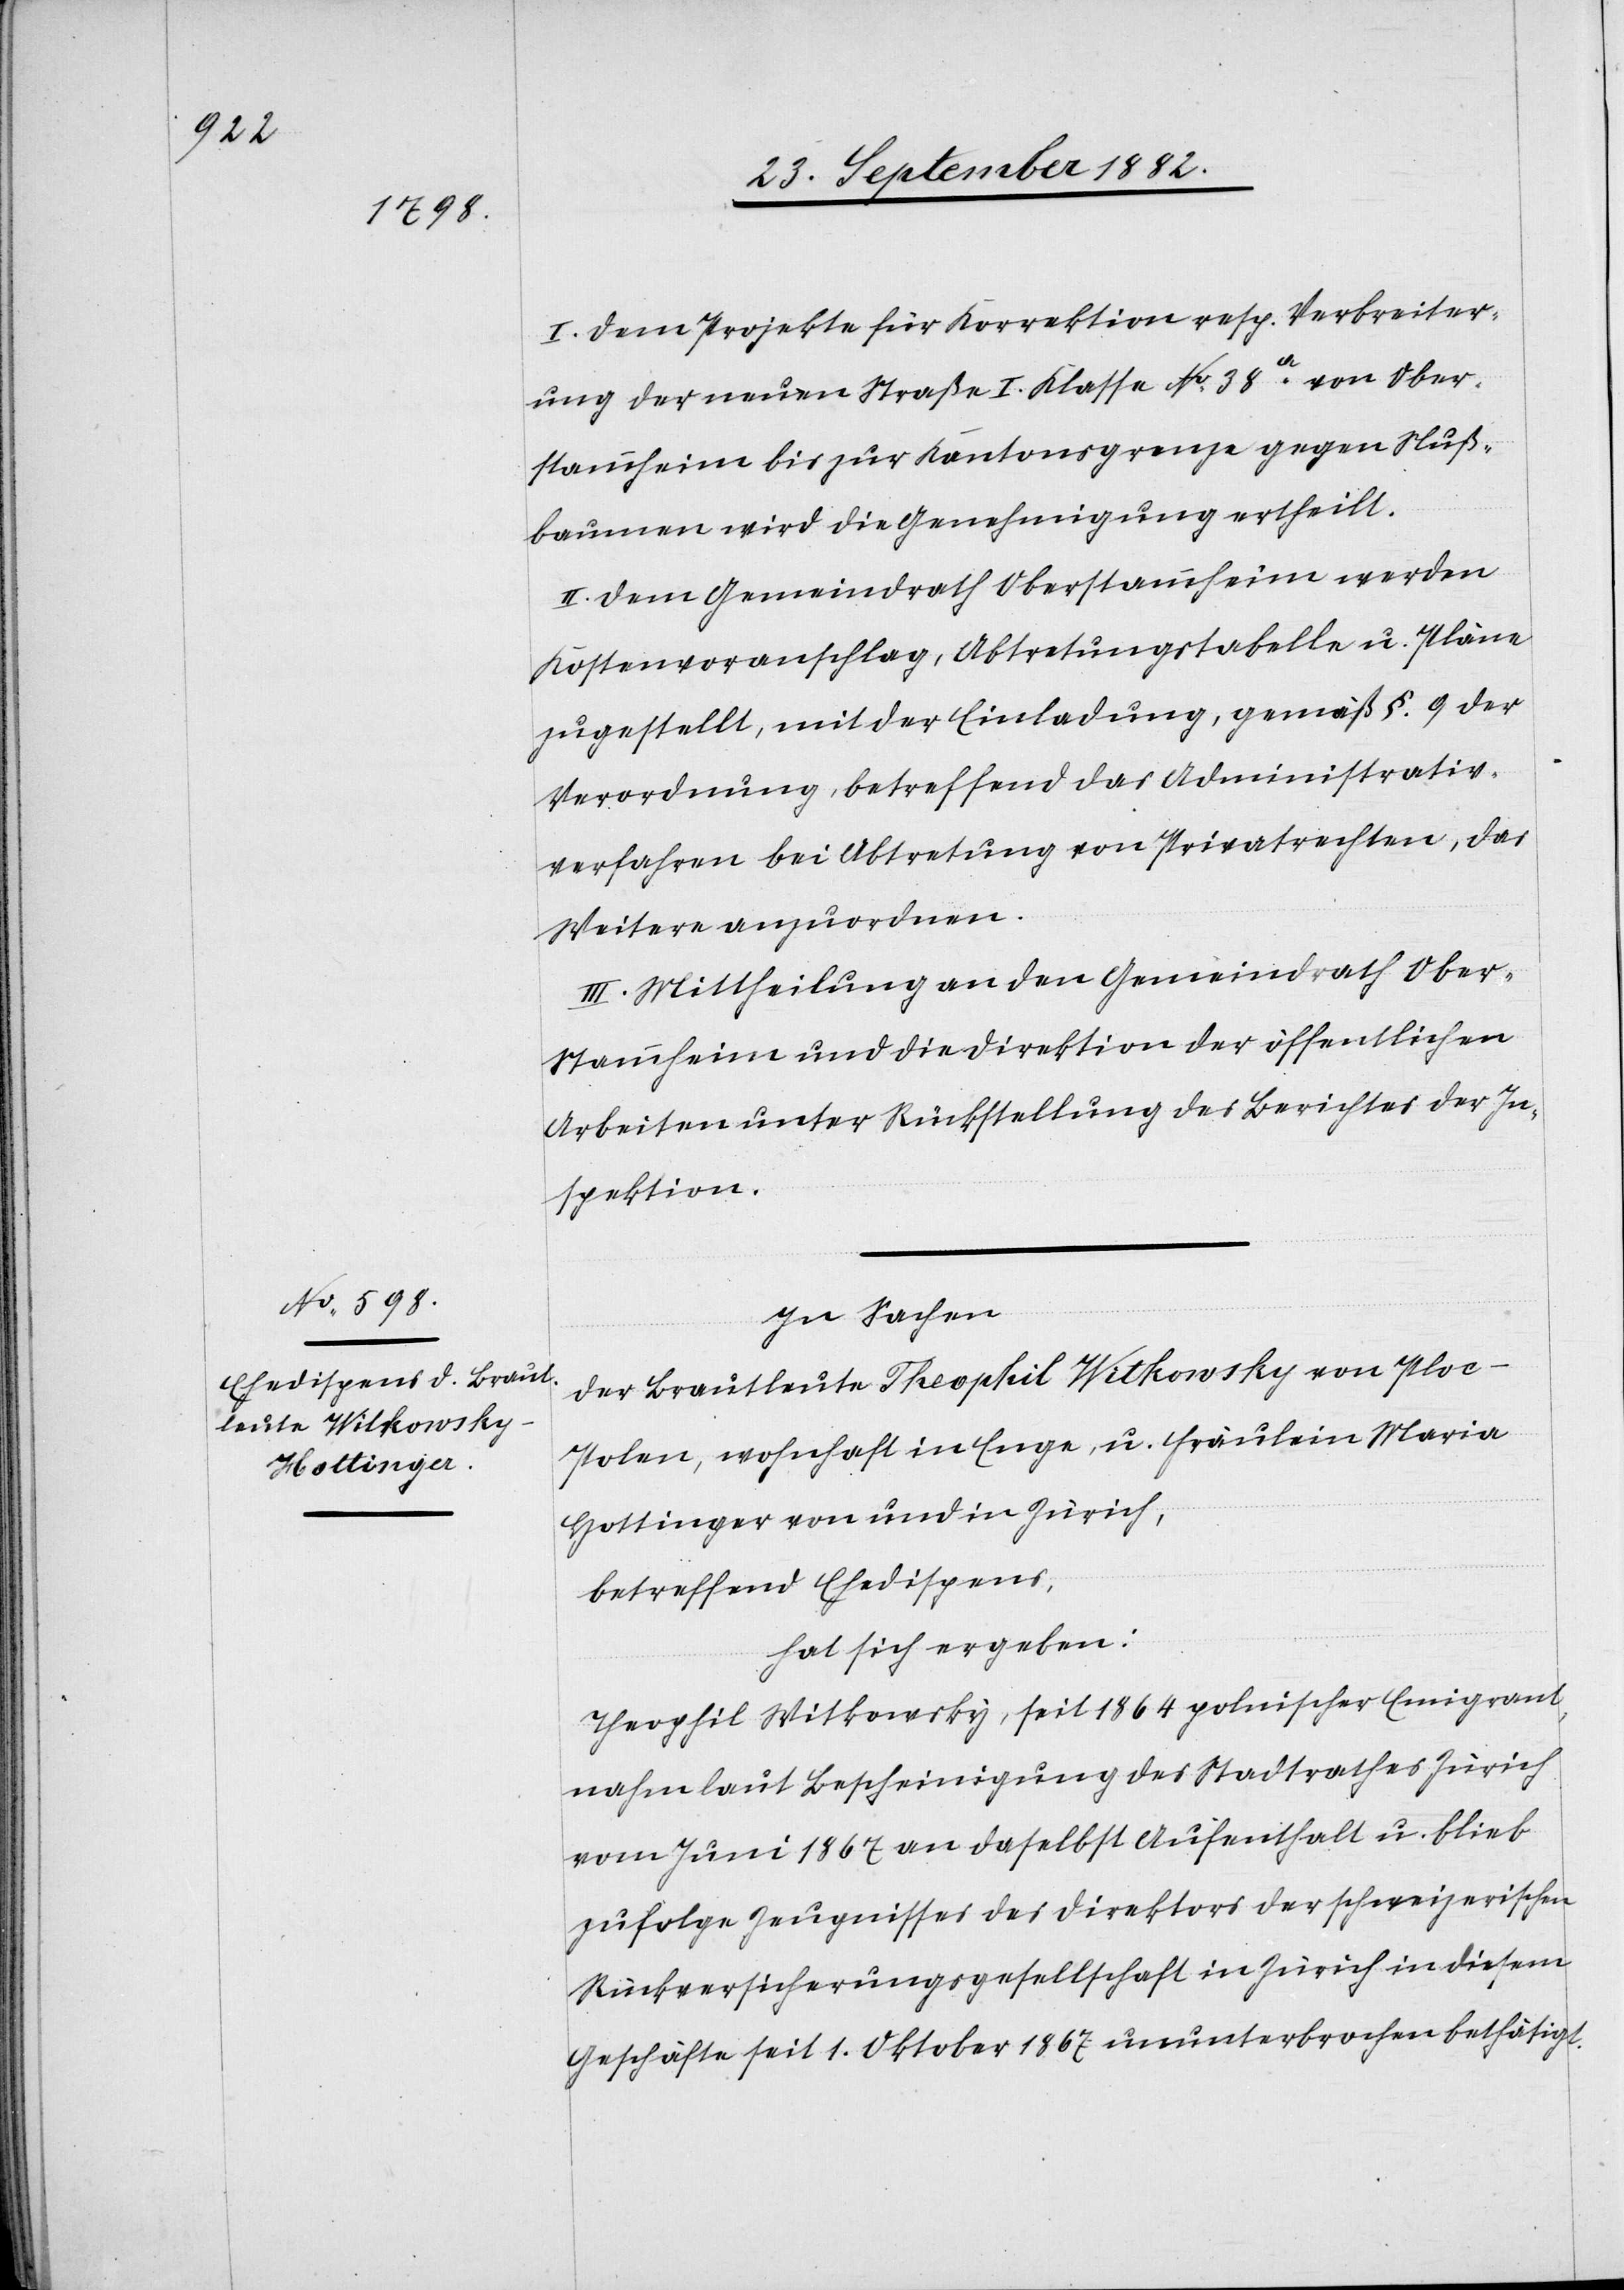
I. Dem Projekte für Korrektion resp. Verbreiter¬
ung der neuen Straße I. Klasse No 38a von Ober¬
stammheim bis zur Kantonsgrenze gegen Nuß¬
baumen wird die Genehmigung ertheilt.
II. Dem Gemeindrath Oberstammheim werden
Kostenvoranschlag, Abtretungstabelle u. Pläne
zugestellt, mit der Einladung, gemäß §. 9 der
Verordnung betreffend das Administrativ¬
verfahren bei Abtretung von Privatrechten, das
Weitere anzuordnen.
III. Mittheilung an den Gemeindrath Ober¬
stammheim und die Direktion der öffentlichen
Arbeiten unter Rückstellung des Berichtes der In¬
spektion.
In Sachen
der Brautleute Theophil Witkowsky [sic!] von Ploc -
Polen, wohnhaft in Enge, u. Fräulein Maria
Hottinger von und in Zürich,
betreffend Ehedispens,
hat sich ergeben:
Theophil Witkowsky, seit 1864 polnischer Emigrant
nahm laut Bescheinigung des Stadtrathes Zürich
vom Juni 1867 an daselbst Aufenthalt u. blieb
zufolge Zeugnisses des Direktors der schweizerischen
Rückversicherungsgesellschaft in Zürich in diesem
Geschäfte seit 1. Oktober 1867 ununterbrochen bethätigt.